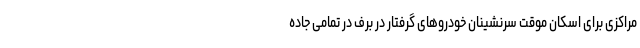
مراکزی برای اسکان موقت سرنشینان خودروهای گرفتار در برف در تمامی جاده